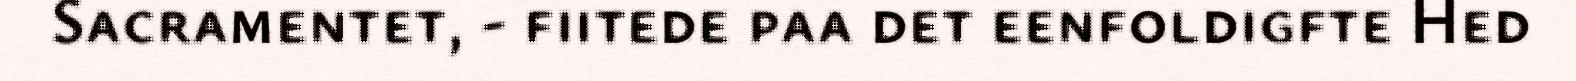
Sacramentet, - fiitede paa det eenfoldigfte Hed